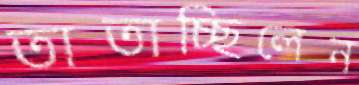
তাতাচ্ছিলেন